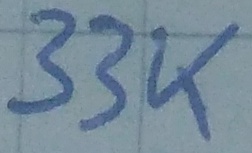
Text: 33K